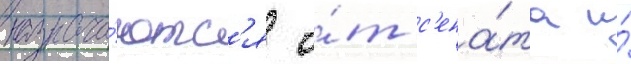
назнача́ютс'я о́т с'ена́та и́